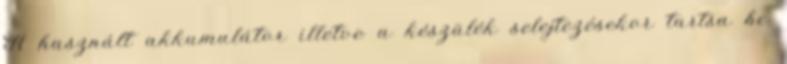
A használt akkumulátor illetve a készülék selejtezésekor tartsa be